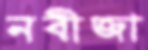
নবীজা